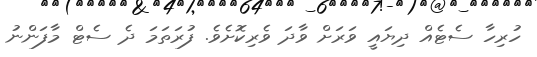
ހުރިހާ ސެޓެއް ދިޔައީ ވަރަށް ވާދަ ވެރިކޮށެވެ. ފުރަތަމަ ދެ ސެޓް މާފަންނު